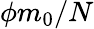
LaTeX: \phi m_{0}/N